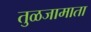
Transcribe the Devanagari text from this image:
तुळजामाता